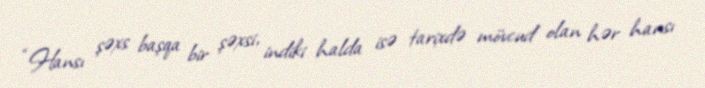
“Hansı şəxs başqa bir şəxsi, indiki halda isə tarixdə mövcud olan hər hansı